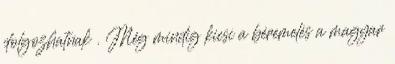
dolgozhatnak . Még mindig kicsi a béremelés a magyar